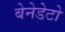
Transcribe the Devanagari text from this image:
बेनेडेटो